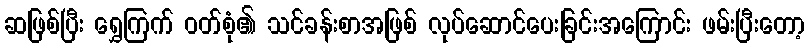
ဆဖြစ်ပြီး ရွှေကြက် ဝတ်စုံ၏ သင်ခန်းစာအဖြစ် လုပ်ဆောင်ပေးခြင်းအကြောင်း ဖမ်းပြီးတော့